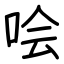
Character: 哙